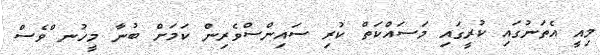
މިއީ އެތަނުގައި ކުރީގައި މަސައްކަތް ކުރި ސައިންސްވެރިން ކަމަށް ބުނާ މީހުނ ްވެސް